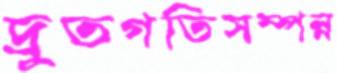
দ্রুতগতিসম্পন্ন